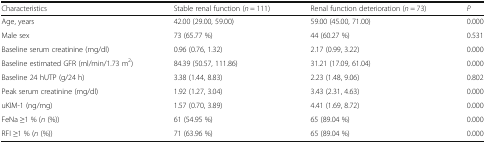
<table><thead><tr><td><b>Characteristics</b></td><td><b>Stable renal function (<i>n</i> = 111)</b></td><td><b>Renal function deterioration (<i>n</i> = 73)</b></td><td><b><i>P</i></b></td></tr></thead><tbody><tr><td>Age, years</td><td>42.00 (29.00, 59.00)</td><td>59.00 (45.00, 71.00)</td><td>0.000</td></tr><tr><td>Male sex</td><td>73 (65.77 %)</td><td>44 (60.27 %)</td><td>0.531</td></tr><tr><td>Baseline serum creatinine (mg/dl)</td><td>0.96 (0.76, 1.32)</td><td>2.17 (0.99, 3.22)</td><td>0.000</td></tr><tr><td>Baseline estimated GFR (ml/min/1.73 m<sup>2</sup>)</td><td>84.39 (50.57, 111.86)</td><td>31.21 (17.09, 61.04)</td><td>0.000</td></tr><tr><td>Baseline 24 hUTP (g/24 h)</td><td>3.38 (1.44, 8.83)</td><td>2.23 (1.48, 9.06)</td><td>0.802</td></tr><tr><td>Peak serum creatinine (mg/dl)</td><td>1.92 (1.27, 3.04)</td><td>3.43 (2.31, 4.63)</td><td>0.000</td></tr><tr><td>uKIM-1 (ng/mg)</td><td>1.57 (0.70, 3.89)</td><td>4.41 (1.69, 8.72)</td><td>0.000</td></tr><tr><td>FeNa ≥1 % (<i>n</i> (%))</td><td>61 (54.95 %)</td><td>65 (89.04 %)</td><td>0.000</td></tr><tr><td>RFI ≥1 % (<i>n</i> (%))</td><td>71 (63.96 %)</td><td>65 (89.04 %)</td><td>0.000</td></tr></tbody></table>